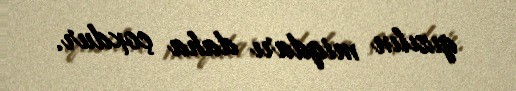
qızılın miqdarı daha çoxdur.